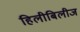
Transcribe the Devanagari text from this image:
हिलीबिलीज